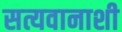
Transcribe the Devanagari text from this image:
सत्यवानाशी